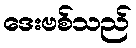
ဒေးဗစ်သည်